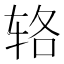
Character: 辂